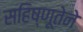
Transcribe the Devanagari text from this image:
सहिष्णूतेने